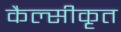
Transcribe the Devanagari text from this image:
कैल्सीकृत